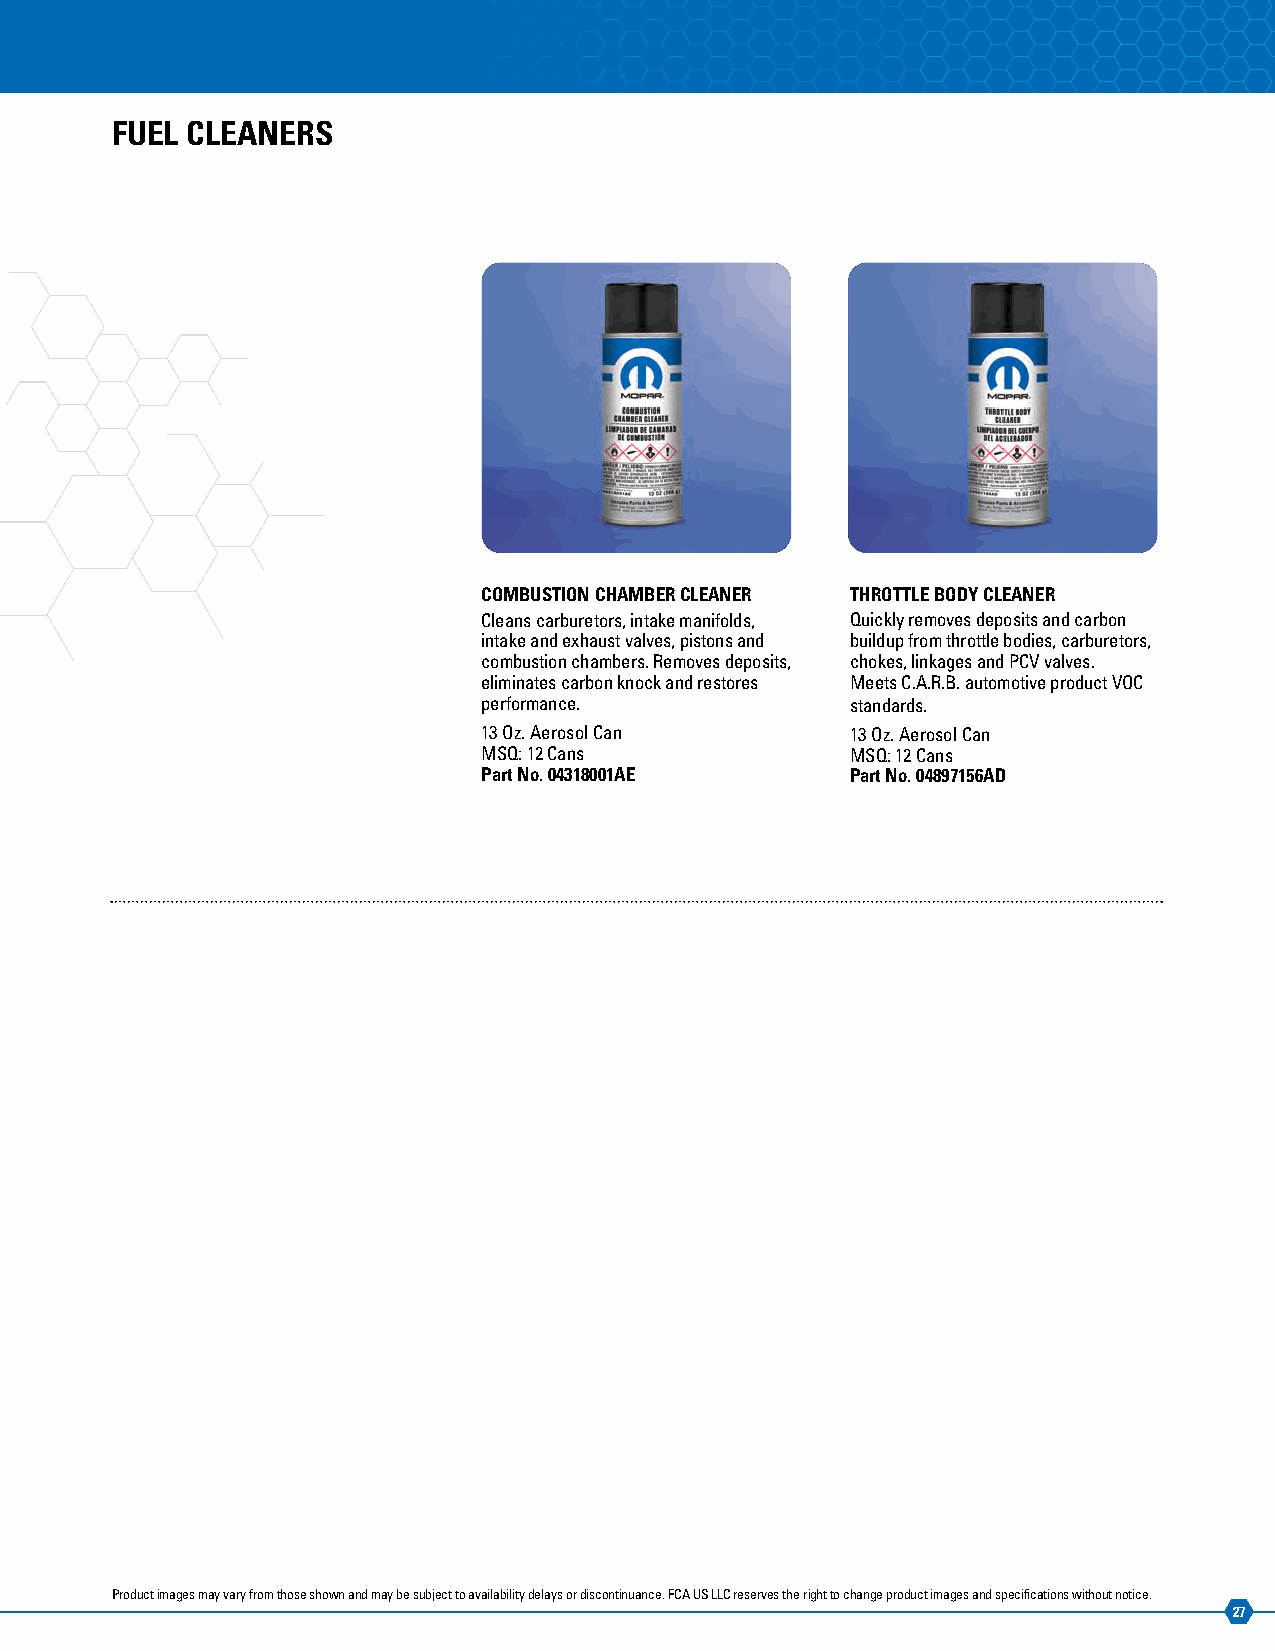
FUEL CLEANERS
 COMBUSTION CHAMBER CLEANER THROTTLE BODY CLEANER
 Cleans carburetors, intake manifolds, Quickly removes deposits and carbon
 intake and exhaust valves, pistons and buildup from throttle bodies, carburetors,
 combustion chambers. Removes deposits, chokes, linkages and PCV valves.
 eliminates carbon knock and restores Meets C.A.R.B. automotive product VOC
 performance.            standards.
 13 Oz. Aerosol Can      13 Oz. Aerosol Can
 MSQ: 12 Cans            MSQ: 12 Cans
 Part No. 04318001AE     Part No. 04897156AD
 Product images may vary from those shown and may be subject to availability delays or discontinuance. FCA US LLC reserves the right to change product images and specifications without notice.
 27